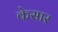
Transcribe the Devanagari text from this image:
केसार